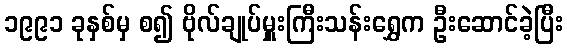
၁၉၉၁ ခုနှစ်မှ စ၍ ဗိုလ်ချုပ်မှူးကြီးသန်းရွှေက ဦးဆောင်ခဲ့ပြီး